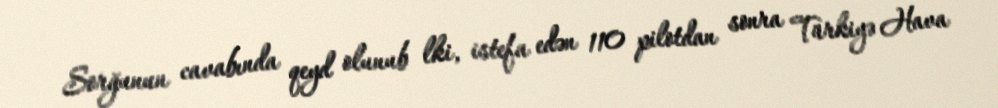
Sorğunun cavabında qeyd olunub lki, istefa edən 110 pilotdan sonra Türkiyə Hava